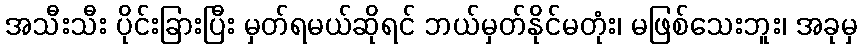
အသီးသီး ပိုင်းခြားပြီး မှတ်ရမယ်ဆိုရင် ဘယ်မှတ်နိုင်မတုံး၊ မဖြစ်သေးဘူး၊ အခုမှ